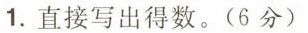
1.直接写出得数。(6分）